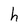
Character: h